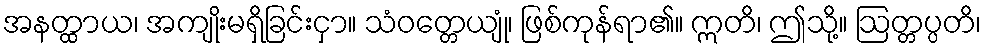
အနတ္ထာယ၊ အကျိုးမရှိခြင်းငှာ။ သံဝတ္တေယျုံ၊ ဖြစ်ကုန်ရာ၏။ ဣတိ၊ ဤသို့။ ဩတ္တပ္ပတိ၊